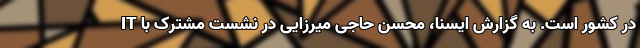
IT در کشور است. به گزارش ایسنا، محسن حاجی میرزایی در نشست مشترک با